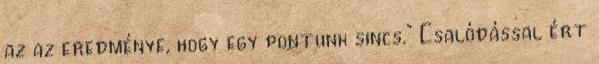
az az eredménye, hogy egy pontunk sincs." Csalódással ért